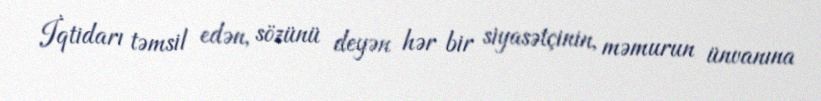
İqtidarı təmsil edən, sözünü deyən hər bir siyasətçinin, məmurun ünvanına